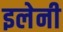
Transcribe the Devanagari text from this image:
इलेनी